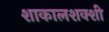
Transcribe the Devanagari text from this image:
शाकालशक्शी